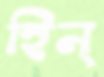
হিন্